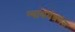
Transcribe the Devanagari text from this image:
न्याययंत्रणेस